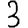
Digit: 3